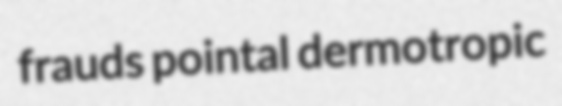
frauds pointal dermotropic